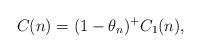
LaTeX: \begin{align*}C(n) = (1 - \theta_n)^+ C_1 (n),\end{align*}